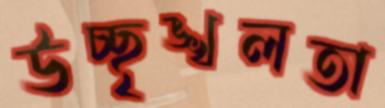
উচ্ছৃঙ্খলতা